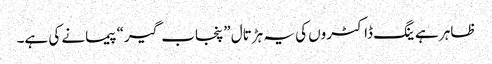
ظاہر ہے ینگ ڈاکٹروں کی یہ ہڑتال ”پنجاب گیر“ پیمانے کی ہے۔